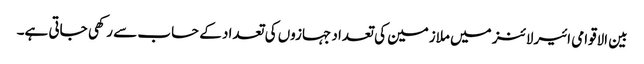
بین الاقوامی ائیرلائنز میں ملازمین کی تعداد جہازوں کی تعداد کے حساب سے رکھی جاتی ہے۔